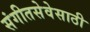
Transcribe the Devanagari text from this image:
संगीतसेवेसाठी